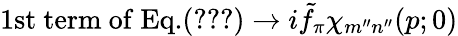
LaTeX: \mathrm{1st~term~of~Eq.}(\ref{AEQ:H091007:16})\to i\tilde{f}_{\pi}\chi_{m^{\prime\prime}n^{\prime\prime}}(p;0)